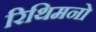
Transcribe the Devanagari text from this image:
रिथिमनो